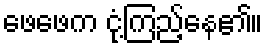
ဖေဖေက ငုံ့ကြည့်နေ၏။